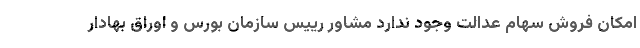
امکان فروش سهام عدالت وجود ندارد مشاور رییس سازمان بورس و اوراق بهادار